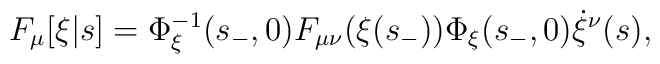
F_\mu[\xi|s] = \Phi_\xi^{-1}(s_-,0) F_{\mu\nu}(\xi(s_-)) \Phi_\xi(s_-,0)   \dot{\xi}^\nu(s),